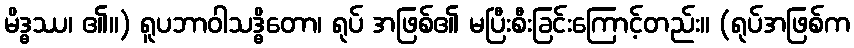
မိဒ္ဓဿ၊ ၏။) ရူပဘာဝါသဒ္ဓိတော၊ ရုပ် အဖြစ်၏ မပြီးစီးခြင်းကြောင့်တည်း။ (ရုပ်အဖြစ်က